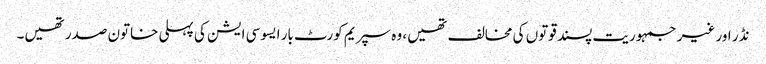
نڈر اور غیر جمہوریت پسند قوتوں کی مخالف تھیں، وہ سپریم کورٹ بار ایسوسی ایشن کی پہلی خاتون صدر تھیں۔